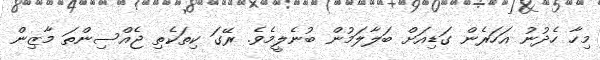
މިހާ ހެދުނު އަހަރެން ގަޑިއަށް ބަލާލަމުން ބުނެލީމެވެ. ރޭގަ ކިތަކެތި ޖެއްސިންތަ މާޒިން